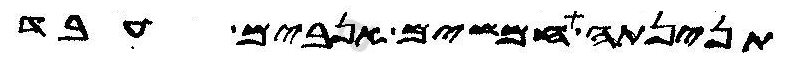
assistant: תנינתה חמשים אנבים עבד